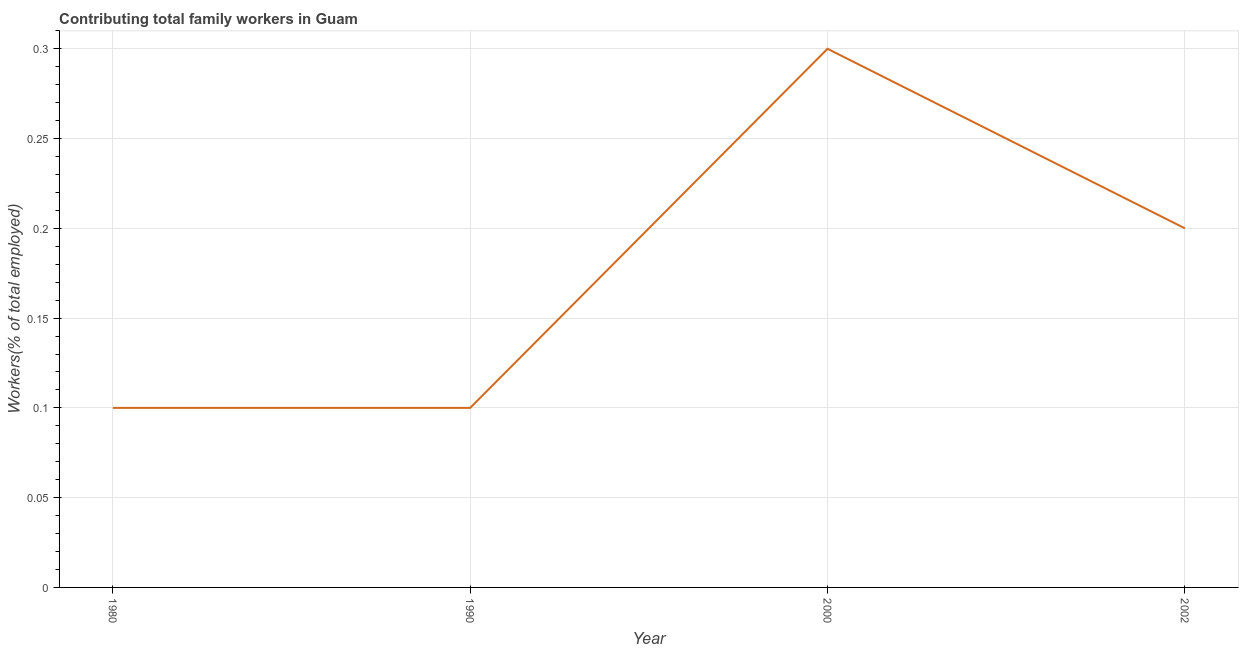
| Year | Contributing family workers |
 | --- | --- |
 | 1980 | 0.1 |
 | 1990 | 0.1 |
 | 2000 | 0.3 |
 | 2002 | 0.2 |